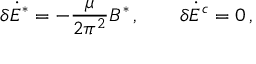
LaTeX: \delta \dot { E } ^ { * } = - \frac { \mu } { 2 \pi ^ { 2 } } B ^ { * } \, , \qquad \delta \dot { E } ^ { c } = 0 \, ,